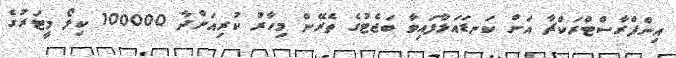
އިންފްރާސްޓްރަކްޗާ އަށް ކަނޑައަޅާފައިވާ ބަޖެޓުގެ ތެރޭން މިހާރު ކުރިއަށްދާ 100000 ކިލޯ މީޓަރުގެ